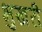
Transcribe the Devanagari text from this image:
भुखरी